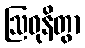
ဩဓုနိတွာ